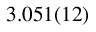
3 . 0 5 1 ( 1 2 )